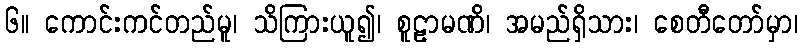
၆။ ကောင်းကင်တည်မူ၊ သိကြားယူ၍၊ စူဠာမဏိ၊ အမည်ရှိသား၊ စေတီတော်မှာ၊